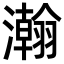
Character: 瀚